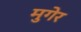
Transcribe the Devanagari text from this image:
मुगेर